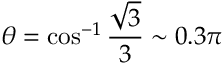
\theta = \cos ^ { - 1 } \frac { \sqrt { 3 } } { 3 } \sim 0 . 3 \pi